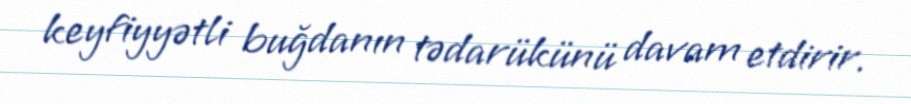
keyfiyyətli buğdanın tədarükünü davam etdirir.